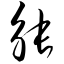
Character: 觖